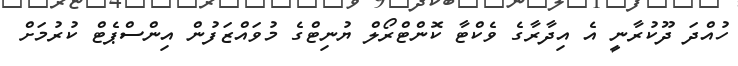
ހުއްދަ ދޫކުރާނީ އެ އިދާރާގެ ވެކްޓާ ކޮންޓްރޯލް ޔުނިޓްގެ މުވައްޒަފުން އިންސްޕެޓް ކުރުމަށް